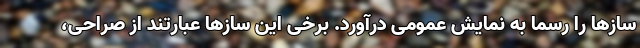
سازها را رسماً به نمایش عمومی درآورد. برخی این سازها عبارتند از صراحی،